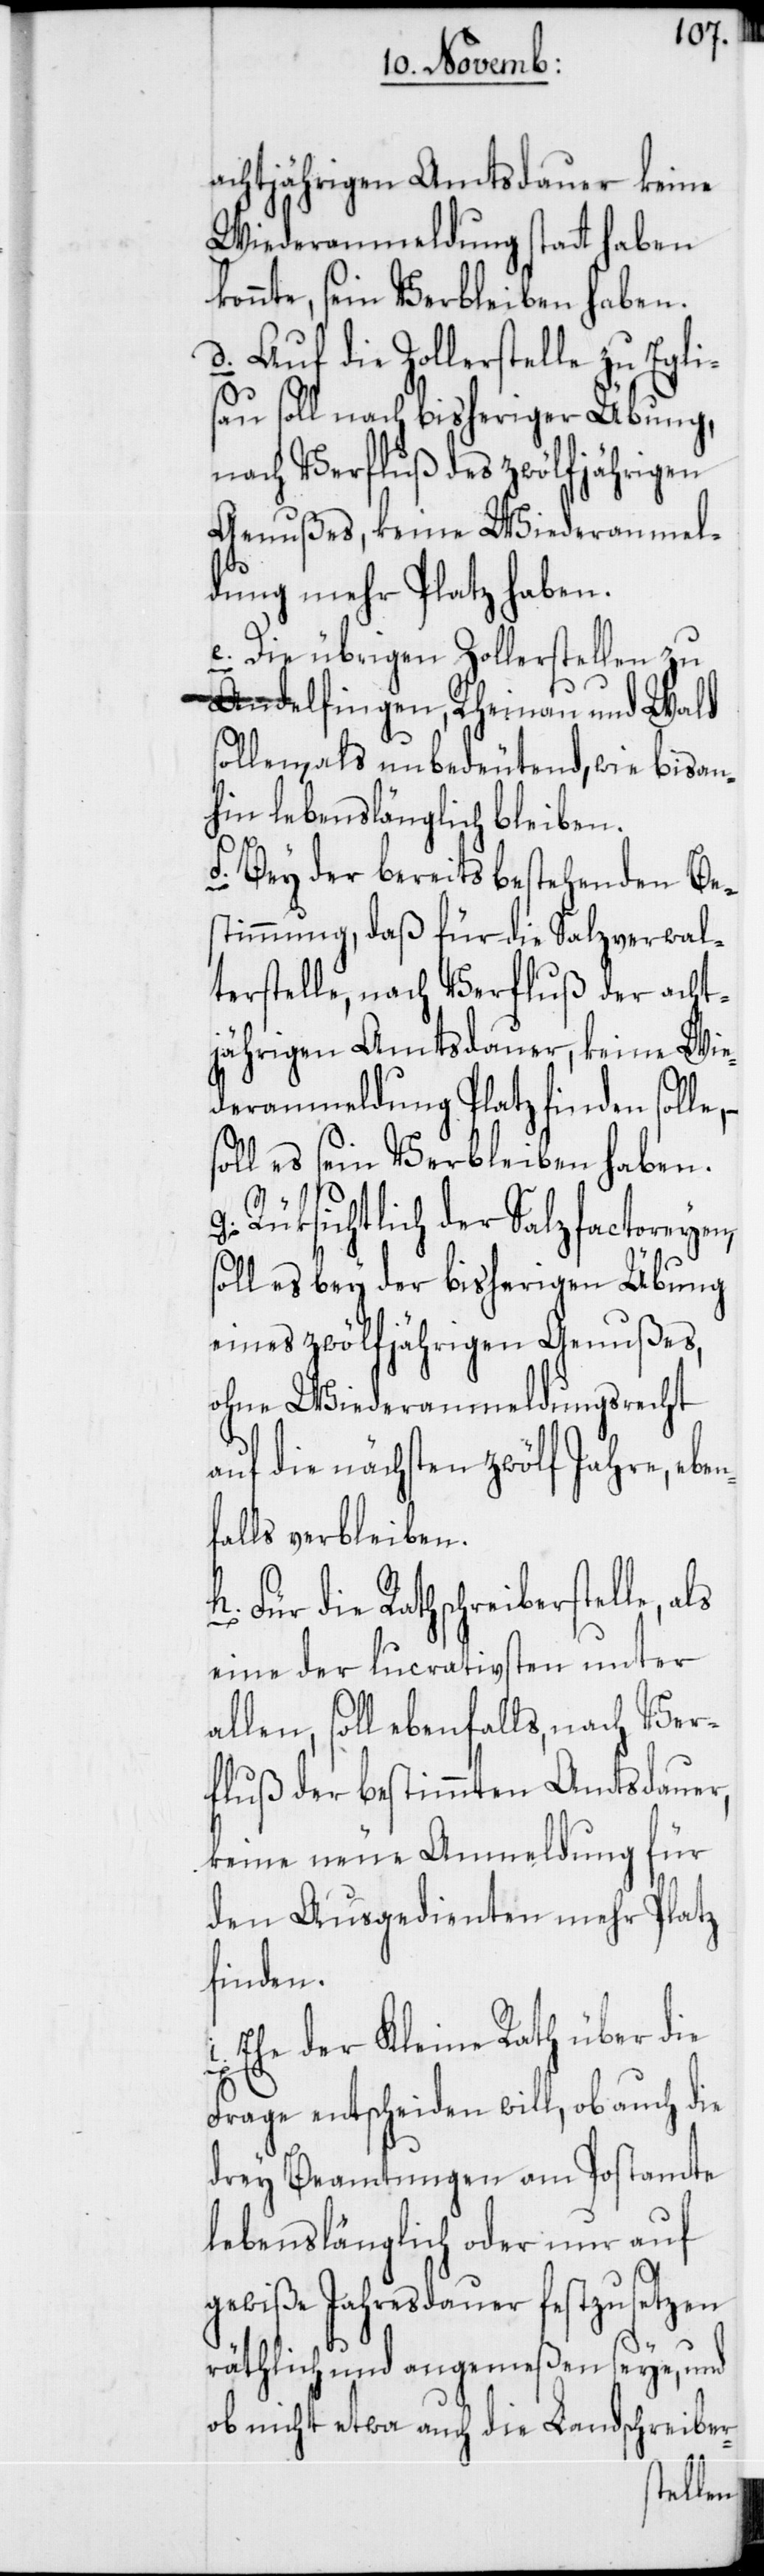
achtjährigen Amtsdauer keine
Wiederanmeldung statt haben
konnte, sein Verbleiben haben.
d. Auf die Zollerstelle zu Egli¬
sau soll nach bisheriger Übung,
nach Verfluß des zwölfjährigen
Genußes, keine Wiederanmel¬
dung mehr Platz haben.
e. Die übrigen Zollerstellen zu
Andelfingen, Rheinau und Wald
sollen, als unbedeutend wie bisan¬
hin lebenslänglich bleiben.
f. Bey der bereits bestehenden Be¬
stimmung, daß für die Salzverwal¬
terstelle, nach Verfluß der acht¬
jährgen Amtsdauer, keine Wi¬
ederanmeldung Platz finden solle,
soll es sein Verbleiben haben.
g. Rüksichtlich der Salzfactoreyen,
soll es bey der bisherigen Übung
eines zwölfjährigen Genußes,
ohne Wiederanmeldungsrecht
auf die nächsten zwölf Jahre, e¬
falls verbleiben.
h. Für die Rathschreiberstelle,
eine der lucrativsten unter
allen, soll ebenfalls, nach Ver¬
fluß der bestimmten Amtsdauer,
keine neue Anmeldung für
den Ausgedienten mehr Platz
finden.
Ehe der Kleine Rath über die
i.
Frage entscheiden will, ob auch die
drey Beamtungen am Postamte
lebenslänglich oder nur auf
gewiße Jahresdauer festzusetzen
räthlich und angemeßen seye, und
ob nicht etwa auch die Landschreiber-